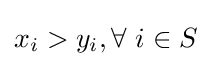
x_{i}>y_{i},\forall ~i\in S